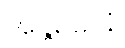
အန္တရဓာနံ